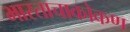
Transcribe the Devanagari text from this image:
भारताचाकोकण